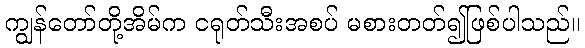
ကျွန်တော်တို့အိမ်က ငရုတ်သီးအစပ် မစားတတ်၍ဖြစ်ပါသည်။